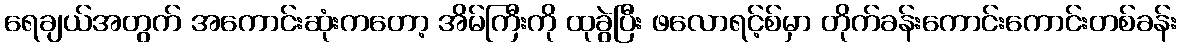
ရေချယ်အတွက် အကောင်းဆုံးကတော့ အိမ်ကြီးကို ထုခွဲပြီး ဖလောရင့်စ်မှာ တိုက်ခန်းကောင်းကောင်းတစ်ခန်း